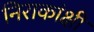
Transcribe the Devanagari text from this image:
निराकांक्षी